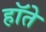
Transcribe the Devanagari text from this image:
हॉते